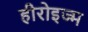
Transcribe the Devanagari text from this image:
हीरोइज्म